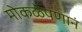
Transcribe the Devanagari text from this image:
मोकळेपणानं